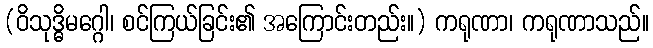
(ဝိသုဒ္ဓိမဂ္ဂေါ၊ စင်ကြယ်ခြင်း၏ အကြောင်းတည်း။) ကရုဏာ၊ ကရုဏာသည်။